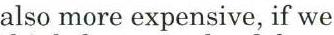
also more expensive, if we